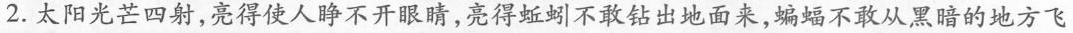
2.太阳光芒四射，亮得使人睁不开眼睛，亮得蚯蚓不敢钻出地面来，蝙蝠不敢从黑暗的地方飞